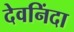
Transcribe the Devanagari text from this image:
देवनिंदा